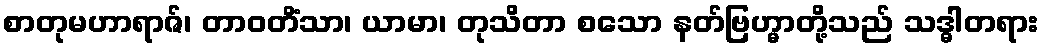
စာတုမဟာရာဇ်၊ တာဝတိံသာ၊ ယာမာ၊ တုသိတာ စသော နတ်ဗြဟ္မာတို့သည် သဒ္ဓါတရား